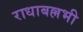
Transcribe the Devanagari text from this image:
राधाबल्लभी